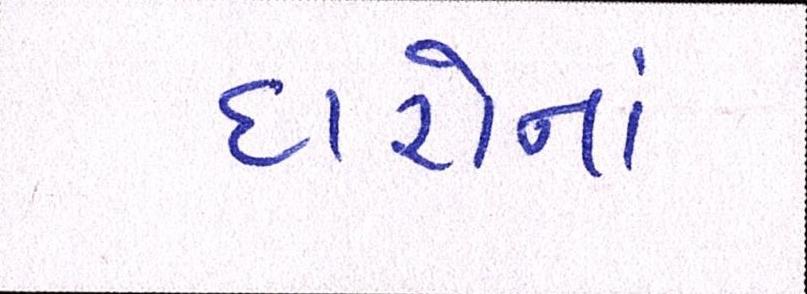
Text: દારોનાં